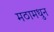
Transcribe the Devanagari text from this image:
मठामधुन